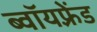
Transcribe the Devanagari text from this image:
ब्वॉयफ़्रेंड